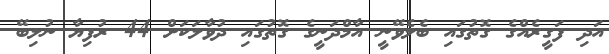
އަދި ފަގީރެއްގެ ގޮތުގައި ބެލެވޭނީ އާމްދަނީގެ ގޮތުގައި ދުވާލަކަށް 44 ރުފިޔާ ނުލިބޭ